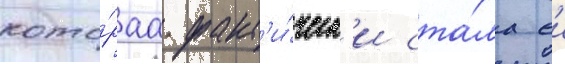
кото́раа факт'и́ческ'и ста́ла еи